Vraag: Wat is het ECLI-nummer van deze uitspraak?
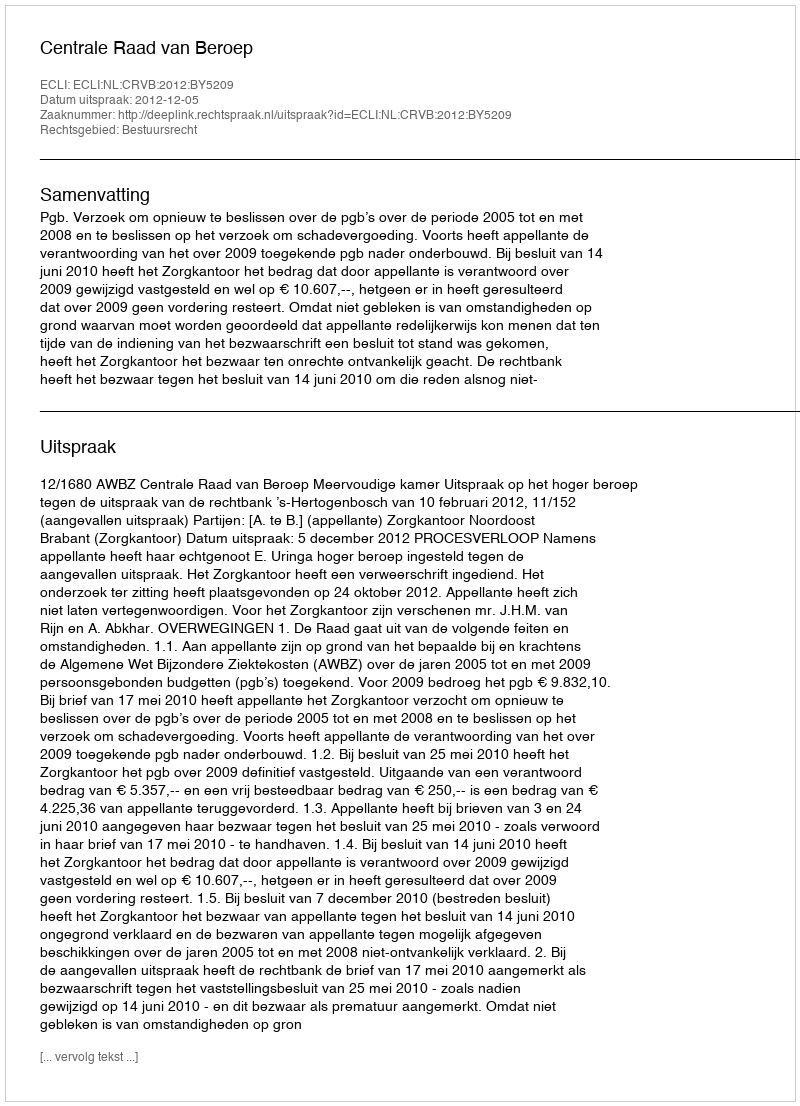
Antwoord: ECLI:NL:CRVB:2012:BY5209